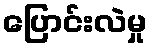
ပြောင်းလဲမှု